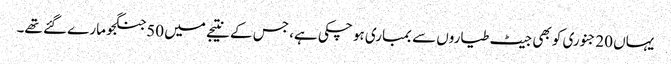
یہاں 20جنوری کو بھی جیٹ طیاروں سے بمباری ہو چکی ہے، جس کے نتیجے میں 50جنگجو مارے گئے تھے۔